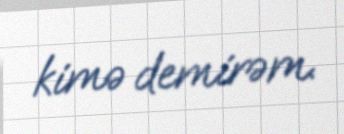
kimə demirəm.